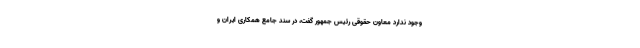
وجود ندارد معاون حقوقی رئیس جمهور گفت، در سند جامع همکاری ایران و